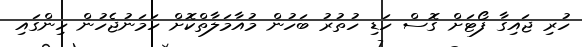
ހުރި ޖައިގާ ފޯޓަށް ގޮސް ހަޑި ހުތުރު ބަހުން މުއާމަލާތްކޮށް ހަމަނުޖެހުން ހިންގައި